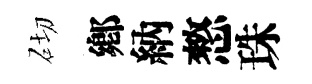
砌鄕納憗珠